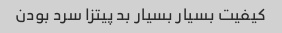
کیفیت بسیار بسیار بد پیتزا سرد بودن